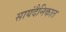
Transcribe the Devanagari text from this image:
सायंदैनिकात